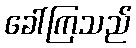
ခေါ်ကြသည်